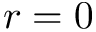
r = 0